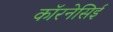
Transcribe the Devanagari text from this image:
कॉरनेसिई